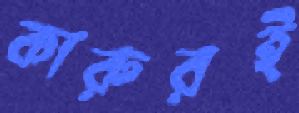
কারুরই